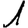
Digit: 1